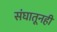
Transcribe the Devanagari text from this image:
संघातूनही